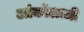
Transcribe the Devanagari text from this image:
आंकोलाजी